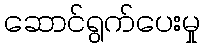
ဆောင်ရွက်ပေးမှု